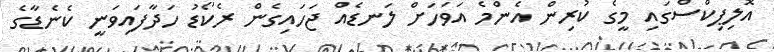
އޮލިޕިކްސްގައި މީގެ ކުރިން އެންމެ އަވަހަށް ލަނޑެއް ޖަހައިގެން ރެކޯޑު ހަދާފައިވަނީ ކެނެޑާގެ